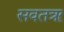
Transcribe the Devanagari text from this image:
सवतॠ